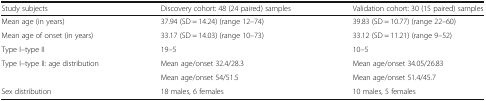
<table><thead><tr><td><b>Study subjects</b></td><td><b>Discovery cohort: 48 (24 paired) samples</b></td><td><b>Validation cohort: 30 (15 paired) samples</b></td></tr></thead><tbody><tr><td>Mean age (in years)</td><td>37.94 (SD = 14.24) (range 12–74)</td><td>39.83 (SD = 10.77) (range 22–60)</td></tr><tr><td>Mean age of onset (in years)</td><td>33.17 (SD = 14.03) (range 10–73)</td><td>33.12 (SD = 11.21) (range 9–52)</td></tr><tr><td>Type I–type II</td><td>19–5</td><td>10–5</td></tr><tr><td rowspan="2">Type I–type II: age distribution</td><td>Mean age/onset 32.4/28.3</td><td>Mean age/onset 34.05/26.83</td></tr><tr><td>Mean age/onset 54/51.5</td><td>Mean age/onset 51.4/45.7</td></tr><tr><td>Sex distribution</td><td>18 males, 6 females</td><td>10 males, 5 females</td></tr></tbody></table>